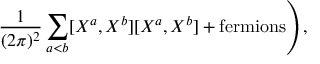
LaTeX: \left. \frac { 1 } { ( 2 \pi ) ^ { 2 } } \sum _ { a < b } [ X ^ { a } , X ^ { b } ] [ X ^ { a } , X ^ { b } ] + \mathrm { f e r m i o n s } \right) ,